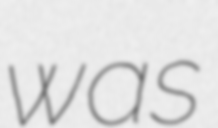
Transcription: was